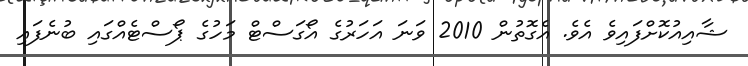
ޝާއިއުކޮށްފައިވެ އެވެ. އެގޮތުން 2010 ވަނަ އަހަރުގެ އޯގަސްޓް މަހުގެ ޕޯސްޓެއްގައި ބުނެފައި